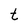
Character: t